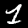
Digit: 1